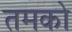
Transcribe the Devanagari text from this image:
तमको